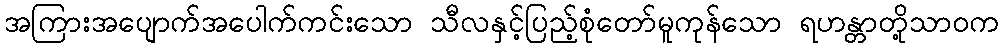
အကြားအပျောက်အပေါက်ကင်းသော သီလနှင့်ပြည့်စုံတော်မူကုန်သော ရဟန္တာတို့သာဝက